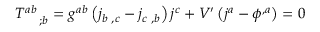
T _ { \quad ; b } ^ { a b } = g ^ { a b } \left( j _ { b \, \, , c } - j _ { c \, \, , b } \right) j ^ { c } + V ^ { \prime } \left( j ^ { a } - \phi ^ { , a } \right) = 0